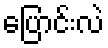
ပြောင်းလဲ